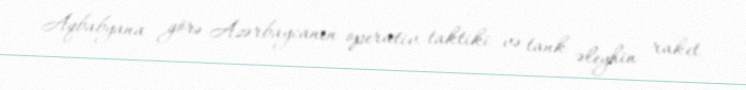
Aqbabyana görə Azərbaycanın operativ-taktiki və tank əleyhin raket